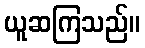
ယူဆကြသည်။